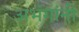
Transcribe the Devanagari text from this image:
अभंगांनी